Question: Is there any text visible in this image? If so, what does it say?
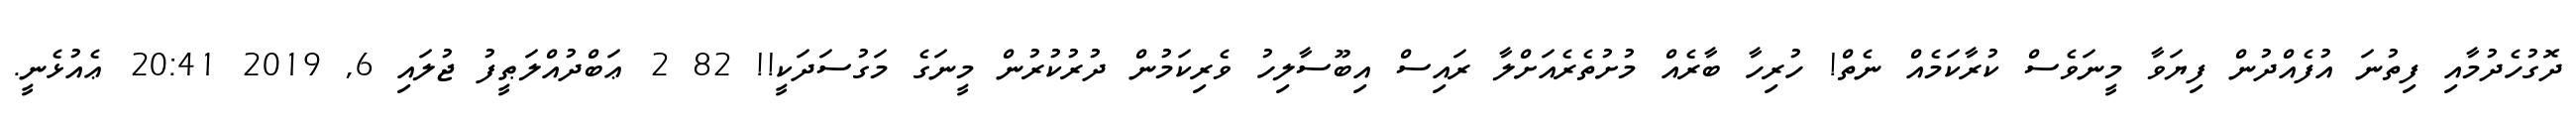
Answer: ދޮގުހެދުމާއި ފިތުނަ އުފެއްދުން ފިޔަވާ މީނަވެސް ކުރާކަމެއް ނެތް! ހުރިހާ ބާރެއް މުށުތެރެއަށްލާ ރައިސް އިބޫސާލިހު ވެރިކަމުން ދުރުކުރުން މީނަގެ މަގުސަދަކީ!! 82 2 ޢަބްދުއްލަޠީފު ޖުލައި 6, 2019 20:41 ޢެއުޅެނީ.